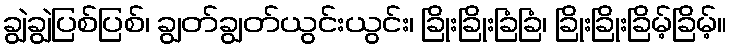
ချွဲချွဲပြစ်ပြစ်၊ ချွတ်ချွတ်ယွင်းယွင်း၊ ခြိုးခြိုးခြံခြံ၊ ခြိုးခြိုးခြိမ့်ခြိမ့်။